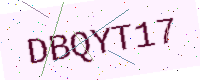
Text: DBQYT17